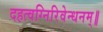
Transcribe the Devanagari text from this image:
दहत्वग्निरिवेन्धनम्॥